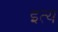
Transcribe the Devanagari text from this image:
इत्य